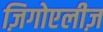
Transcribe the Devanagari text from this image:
ज़िगोएलीज़